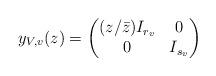
LaTeX: \begin{align*} y_{V,v}(z) = \begin{pmatrix} (z/\bar{z})I_{r_v} & 0 \\ 0 & I_{s_v} \end{pmatrix} \end{align*}